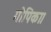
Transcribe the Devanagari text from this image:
गोपिका।